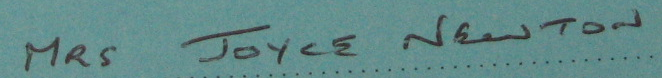
MRS JOYCE NEWTON